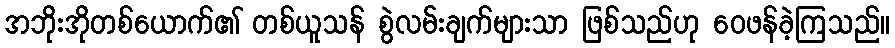
အဘိုးအိုတစ်ယောက်၏ တစ်ယူသန် စွဲလမ်းချက်များသာ ဖြစ်သည်ဟု ဝေဖန်ခဲ့ကြသည်။